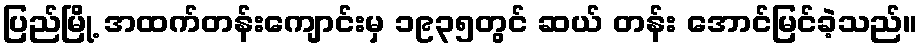
ပြည်မြို့ အထက်တန်းကျောင်းမှ ၁၉၃၅တွင် ဆယ် တန်း အောင်မြင်ခဲ့သည်။